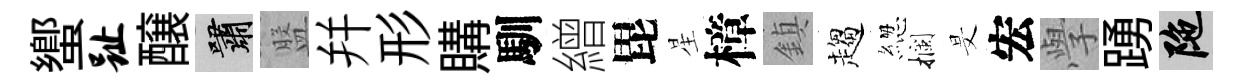
蠁趾醸嘯盤幷形購馴繒毘星樟鎮趨緫攔旻宏𭓕踴陀